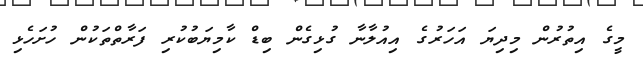
މީގެ އިތުރުން މިދިޔަ އަހަރުގެ އިއުލާނާ ގުޅިގެން ބިޑް ކާމިޔަބުކުރި ފަރާތްތަކުން ހުށަހެޅި